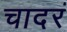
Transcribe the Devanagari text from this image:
चादरं